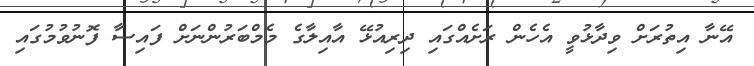
އޭނާ އިތުރަށް ވިދާޅުވީ އެހެން ރަށެއްގައި ދިރިއުޅޭ އާއިލާގެ މެމްބަރުންނަށް ފައިސާ ފޮނުވުމުގައި